Indian journal of veterinary science and animal husbandry - Volume 5,
Year: 1935
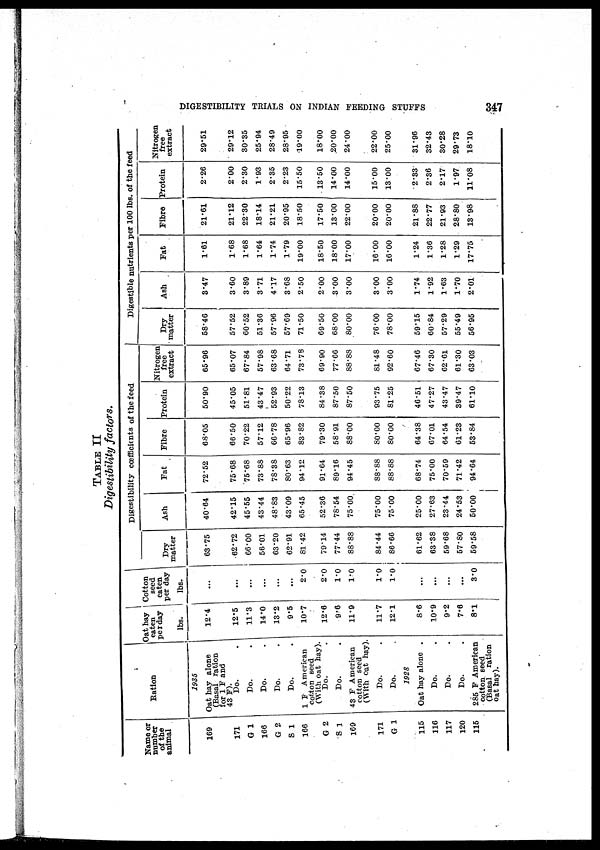
DIGESTIBILITY TRIALS ON INDIAN FEEDING STUFFS
347
TABLE II
Digestibility factors.
Name or
number
of the
animal
169
171
G 1
166
G 2
S 1
166
G 2
S 1
169
171
G 1
115
116
117
120
115
Ration
1935
Oat hay alone
(Basal ration
for 1 F and
43 F).
Do.
Do.
Do.
Do.
Do.
1 F American
cotton seed
(With oat hay).
Do.
Do. .
43 F American
cotton seed
(With oat hay).
Do. .
Do. .
1928
Oat hay alone .
Do. .
Do. .
Do. .
285 F American
cotton seed
(Basal ration
oat hay).
Oat hay
eaten
perday
lbs.
12.4
12.5
11.3
14.0
13.2
9.5
10.7
12.6
9.6
11.9
11.7
12.1
8.6
10.9
9.2
7.6
8.1
Cotton
seed
eaten
per day
lbs.
...
...
...
...
...
...
2.0
2.0
1.0
1.0
1.0
1.0
...
...
...
...
3.0
Digestibility coefficients of the feed
Dry
matter
63.75
62.72
66.00
56.01
63.20
62.91
81.42
79.14
77.44
88.88
84.44
86.66
61.62
63.38
59.68
57.80
59.58
Ash
40.64
42.15
45.55
43.44
48.83
43.09
65.45
52.36
78.54
75.00.
75.00
75.00
25.00
27.63
23.44
24.53
50.00
Fat
72.52
75.68
75.68
73.88
78.38
80.63
94.12
91.64
89.16
94.45
88.88
88.88
68.74
75.00
70.59
71.42
94.64
Fibre
68.05
66.50
70.22
57.12
66.78
65.96
83.82
79.30
58.91
88.00
80.00
80.00
64.38
67.01
64.54
61.23
53.84
Protein
50.90
45.05
51.81
43.47
52.93
50.22
78.13
84.38
87.50
87.50
93.75
81.25
46.51
47.27
43.47
39.47
61.10
Nitrogen
free
extract
65.96
65.07
67.84
57.98
63.68
64.71
73.78
69.90
77.66
88.88
81.48
92.60
67.46
67.30
62.61
61.30
63.03
Digestible nutrients per 100 lbs. of the feed
Dry
matter
58.46
57.52
60.52
51.36
57.96
57.69
71.50
69.50
68.00
80.00
76.00
78.00
59.15
60.84
57.29
55.49
56.95
Ash
3.47
3.60
3.89
3.71
4.17
3.68
2.50
2.00
3.00
3.00
3.00
3.00
1.74
1.92
1.63
1.70
2.01
Fat
1.61
1.68
1.68
1.64
1.74
1.79
19.00
18.50
18.00
17.00
16.00
16.00
1.24
1.36
1.28
1.29
17.75
Fibre
21.61
21.12
22.30
18.14
21.21
20.95
18.50
17.50
13.00
22.00
20.00
20.00
21.88
22.77
21.93
28.80
13.98
Protein
2.26
2.00
2.30
1.93
2.35
2.23
15.50
13.50
14.00
14.00
15.00
13.00
2.33
2.36
2.17
1.97
11.08
Nitrogen
free
extract
29.51
29.12
30.35
25.94
28.49
28.95
19.00
18.00
20.00
24.00
22.00
25.00
31.96
32.43
30.28
29.73
18.10